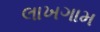
લાખગામ